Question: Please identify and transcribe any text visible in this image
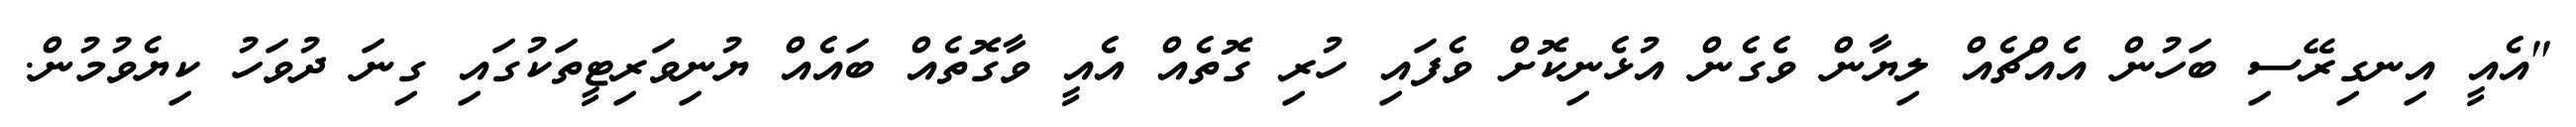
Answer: "އެއީ އިނގިރޭސި ބަހުން އެއްޗެއް ލިޔާން ވެގެން އުޅެނިކޮށް ވެފައި ހުރި ގޮތެއް އެއީ ވާގޮތެއް ބައެއް ޔުނިވަރިޓީތަކުގައި ގިނަ ދުވަހު ކިޔެވުމުން.